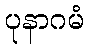
ပုနာဂမံ